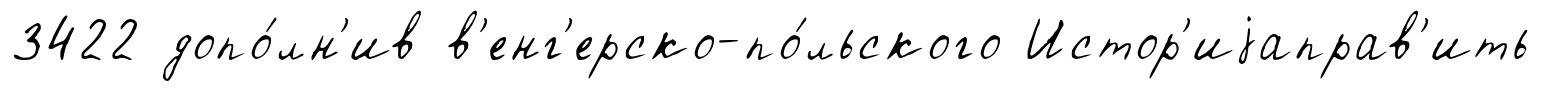
3422 допо́лн'ив в'енг'ерско-по́льского Истор'иjаправ'ить